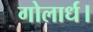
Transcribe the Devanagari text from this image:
गोलार्ध।